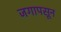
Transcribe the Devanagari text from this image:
जगापसून